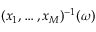
( x _ { 1 } , \ldots , x _ { M } ) ^ { - 1 } ( \omega )